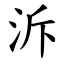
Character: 泝